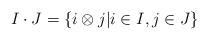
LaTeX: \begin{align*}I \cdot J=\{i \otimes j | i \in I, j \in J \}\end{align*}